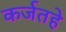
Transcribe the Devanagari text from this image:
कर्जतहे